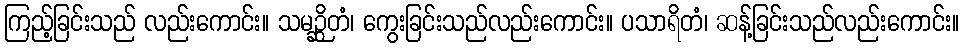
ကြည့်ခြင်းသည် လည်းကောင်း။ သမဉ္ဆိတံ၊ ကွေးခြင်းသည်လည်းကောင်း။ ပသာရိတံ၊ ဆန့်ခြင်းသည်လည်းကောင်း။